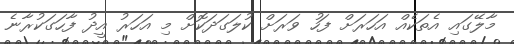
މާލޭގައި އެތަކެއް އަހަރަށް ފަހު ވަރަށް ކުލަގަދަކޮށް މި އަހަރު އީދު ފާހަގަކުރާނެ